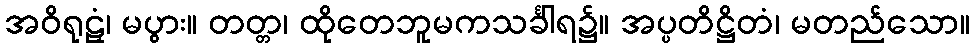
အဝိရုဠှံ၊ မပွား။ တတ္တ၊ ထိုတေဘူမကသင်္ခါရ၌။ အပ္ပတိဋ္ဌိတံ၊ မတည်သော။